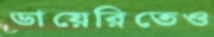
ডায়েরিতেও